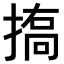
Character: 𢱪